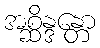
အစ္ဆိန္ဒန္တော